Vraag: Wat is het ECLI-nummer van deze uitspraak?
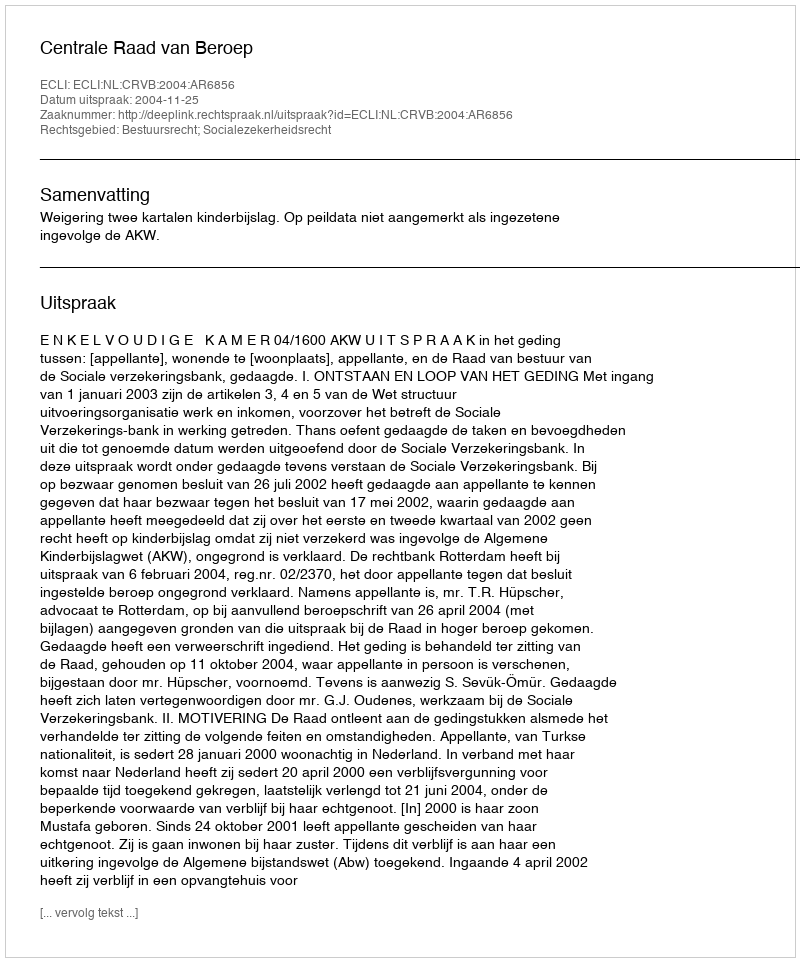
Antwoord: ECLI:NL:CRVB:2004:AR6856